Civil Veterinary Department. United Provinces 1923-31 - 1923-1931
Year: 1923
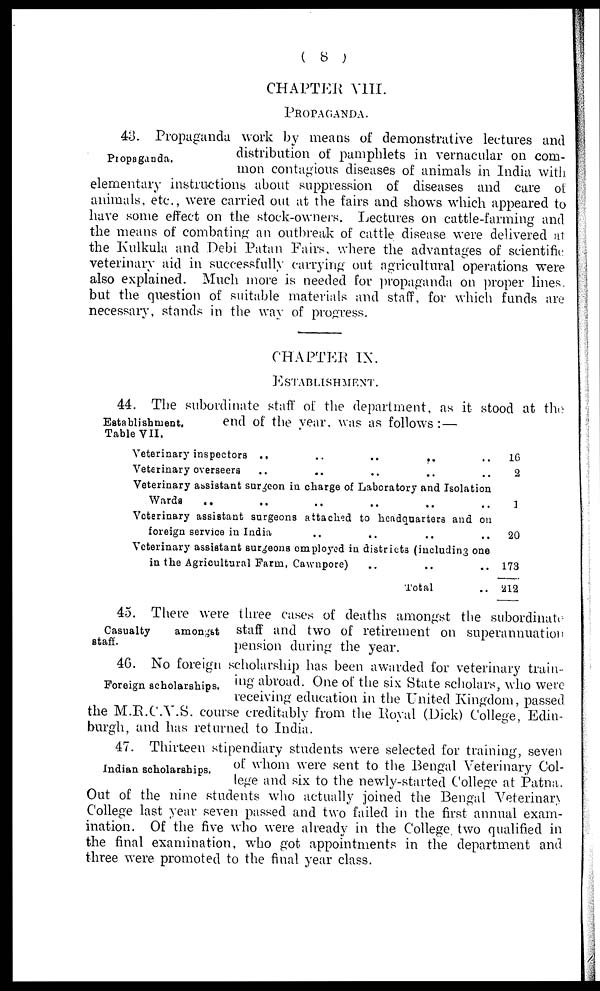
( 8 )
CHAPTER VIII.
PROPAGANDA.
Propaganda.
48. Propaganda work by means of demonstrative lectures and
distribution of pamphlets in vernacular on com-
mon contagious diseases of animals in India with
elementary instructions about suppression of diseases and care of
animals, etc., were carried out at the fairs and shows which appeared to
have some effect on the stock-owners. Lectures on cattle-farming and
the means of combating an outbreak of cattle disease were delivered at
the Kulkula and Debi Patan Fairs, where the advantages of scientific
veterinary aid in successfully carrying out agricultural operations were
also explained. Much more is needed for propaganda on proper lines,
but the question of suitable materials and staff, for which funds are
necessary, stands in the way of progress.
CHAPTER IX.
ESTABLISHMENT.
Establishment.
Table VII.
44. The subordinate staff of the department, as it stood at the
end of the year, was as follows :—
Veterinary inspectors ..
..
..
..
Veterinary overseers .. .. .. .. ..
Veterinary assistant surgeon in charge of Laboratory and Isolation
Wards
..
..
..
..
Veterinary assistant surgeons attached to headquarters and on
foreign service in India
..
..
..
..
Veterinary assistant surgeons employed in districts (including one
in the Agricultural Farm, Cawnpore) .. .. ..
Total ..
16
2
1
20
173
212
Casualty
amongst
staff.
45. There were three cases of deaths amongst the subordinate
staff and two of retirement on superannuation
pension during the year.
Foreign scholarships.
46. No foreign scholarship has been awarded for veterinary train-
ing abroad. One of the six State scholars, who were
receiving education in the United Kingdom, passed
the M.R.C.V.S. course creditably from the Royal (Dick) College, Edin-
burgh, and has returned to India.
Indian scholarships.
47. Thirteen stipendiary students were selected for training, seven
of whom were sent to the Bengal Veterinary Col-
lege and six to the newly-started College at Patna.
Out of the nine students who actually joined the Bengal Veterinary
College last year seven passed and two failed in the first annual exam-
ination. Of the five who were already in the College two qualified in
the final examination, who got appointments in the department and
three were promoted to the final year class.